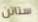
ستاتن